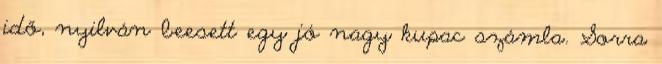
idő, nyilván beesett egy jó nagy kupac számla. Sorra